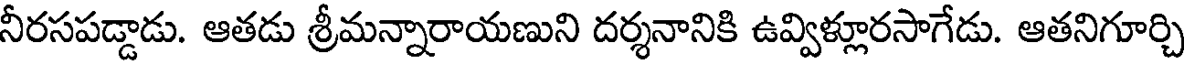
నీరసపడ్డాడు. ఆతడు శ్రీమన్నారాయణుని దర్శనానికి ఉవ్విళ్లూరసాగేడు. ఆతనిగూర్చి